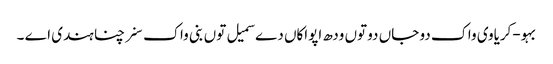
بہو-کریاوی واک دو جاں دو توں ودھ اپواکاں دے سمیل توں بنی واک سنرچنا ہندی اے ۔